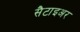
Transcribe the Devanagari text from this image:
सैटाइअर